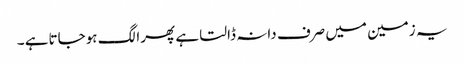
یہ زمین میں صرف دانہ ڈالتا ہے پھرا لگ ہوجاتاہے ۔